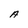
Character: A